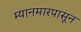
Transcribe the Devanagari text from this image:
म्यानमारपासून